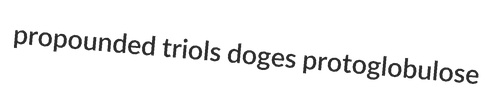
propounded triols doges protoglobulose